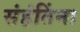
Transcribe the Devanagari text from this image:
संहंतिंना